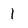
Character: 1